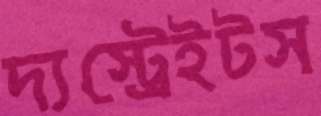
দ্যস্ট্রেইটস